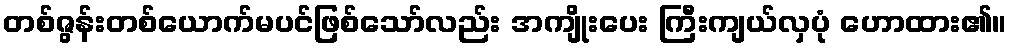
တစ်ဇွန်းတစ်ယောက်မပင်ဖြစ်သော်လည်း အကျိုးပေး ကြီးကျယ်လှပုံ ဟောထား၏။